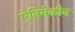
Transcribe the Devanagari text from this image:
ऐनिमेकौन